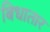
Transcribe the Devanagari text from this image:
बिधातार